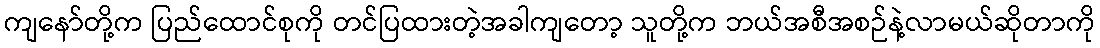
ကျနော်တို့က ပြည်ထောင်စုကို တင်ပြထားတဲ့အခါကျတော့ သူတို့က ဘယ်အစီအစဉ်နဲ့လာမယ်ဆိုတာကို